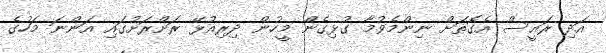
އަދި ރައީސް އެގޮތަށް ނިންމެވުމާ ގުޅިގެން މީހުން ދިރިއުޅޭ ރަށްރަށުގައި އަންނަ މަހުގެ